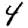
Digit: 4